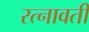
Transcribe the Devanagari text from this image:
रत्नावती